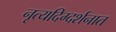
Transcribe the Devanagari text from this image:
नृत्यदिग्दर्शनात